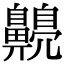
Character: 𪕿